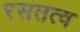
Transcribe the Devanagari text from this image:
रसतत्व